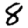
Digit: 8